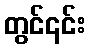
တွင်၎င်း